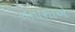
નતાશાએ